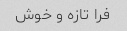
فرا تازه و خوش